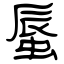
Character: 蜃